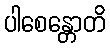
ပါစေန္တောတိ